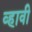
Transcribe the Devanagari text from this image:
व्‍हावी